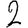
Digit: 2